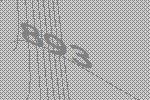
893